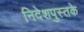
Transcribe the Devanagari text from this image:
निदेशपुस्तके